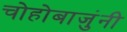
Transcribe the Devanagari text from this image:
चोहोबाजुंनी